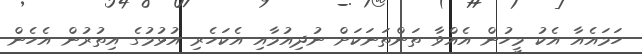
ހަމައެއާ އެކު މީހުން އެއްވާ ތަންތަނަކަށް ނުދިއުމާއި އެކަހެރި އުޅުމުގެ އިތުރުން އެހެން